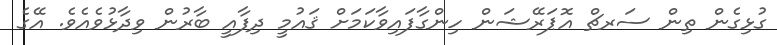
ގުޅިގެން ތިން ސަރޗް އޮޕަރޭޝަން ހިންގާފައިވާކަމަށް ޤައުމީ ދިފާއީ ބާރުން ވިދާޅުވެއެވެ. އޭގެ